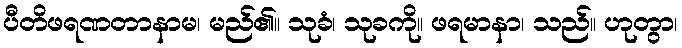
ပီတိဖရဏတာနာမ၊ မည်၏။ သုခံ၊ သုခကို။ ဖရမာနာ၊ သည်။ ဟုတွာ၊